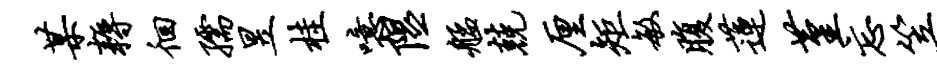
某耨徊孺昱桂噫隰艋兢厘矩敏腹莲堇忘笠